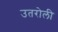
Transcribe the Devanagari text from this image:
उतरोली